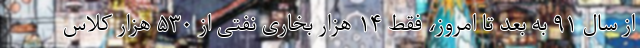
از سال ۹۱ به بعد تا امروز، فقط ۱۴ هزار بخاری نفتی از ۵۳۰ هزار کلاس